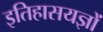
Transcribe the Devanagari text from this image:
इतिहासयज्ञों